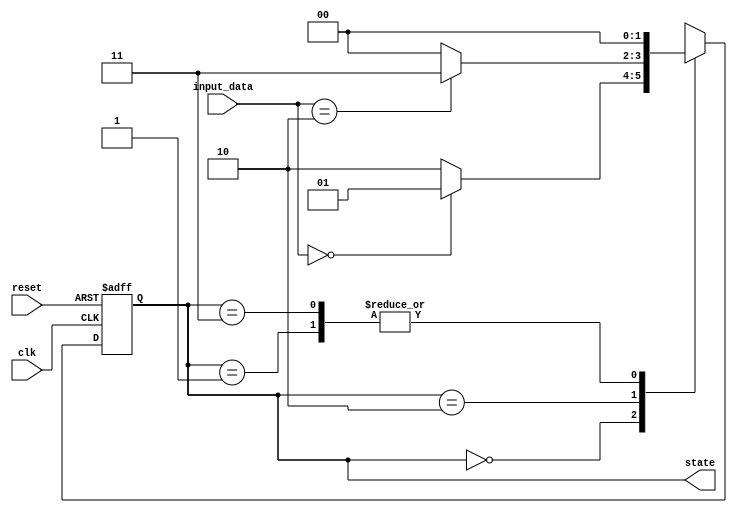
module state_machine (
    input clk,
    input reset,
    input [1:0] input_data,
    output reg [1:0] state
);

// Define state encoding
parameter STATE_A = 2'b00;
parameter STATE_B = 2'b01;
parameter STATE_C = 2'b10;
parameter STATE_D = 2'b11;

// Define state transitions
always @(posedge clk or posedge reset) begin
    if (reset) begin
        state <= STATE_A;
    end else begin
        case (state)
            STATE_A: begin
                if (input_data == 2'b00) begin
                    state <= STATE_B;
                end else begin
                    state <= STATE_C;
                end
            end
            STATE_B: begin
                state <= STATE_A;
            end
            STATE_C: begin
                if (input_data == 2'b10) begin
                    state <= STATE_D;
                end else begin
                    state <= STATE_A;
                end
            end
            STATE_D: begin
                state <= STATE_A;
            end
        endcase
    end
end

endmodule